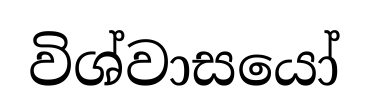
විශ්වාසයෝ